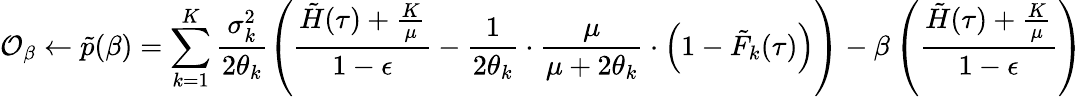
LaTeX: \mathcal{O}_{\beta}\gets\tilde{p}(\beta)=\sum_{k=1}^{K}\frac{\sigma_{k}^{2}}{2\theta_{k}}\left(\frac{\tilde{H}(\tau)+\frac{K}{\mu}}{1-\epsilon}-\frac{1}{2\theta_{k}}\cdot\frac{\mu}{\mu+2\theta_{k}}\cdot\left(1-\tilde{F}_{k}(\tau)\right)\right)-\beta\left(\frac{\tilde{H}(\tau)+\frac{K}{\mu}}{1-\epsilon}\right)